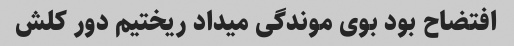
افتضاح بود بوی موندگی میداد ریختیم دور کلش